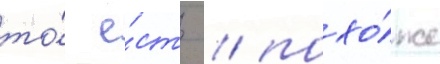
то́ е́сть / похо́же